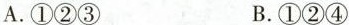
A.①②③ B.①②④